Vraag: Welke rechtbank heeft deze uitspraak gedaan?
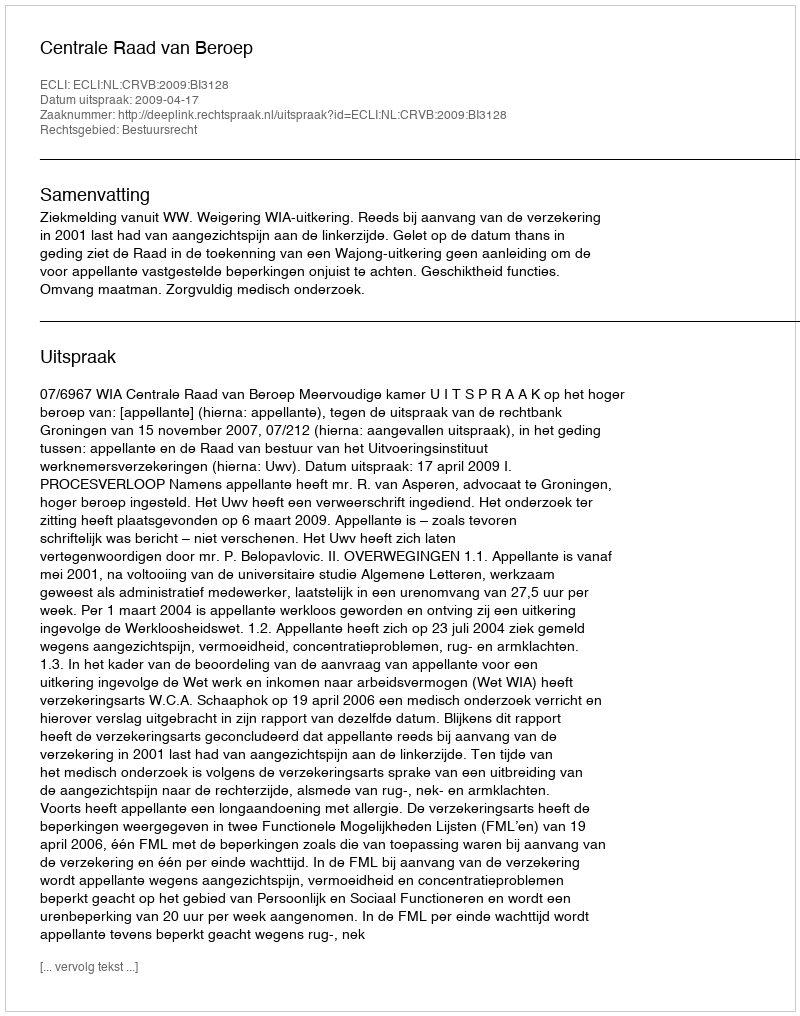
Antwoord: Centrale Raad van Beroep